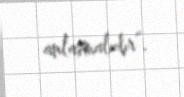
anlaşmalıdır”.